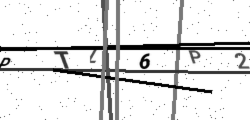
Text: PTL6P2